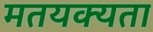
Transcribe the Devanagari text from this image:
मतयक्यता